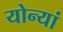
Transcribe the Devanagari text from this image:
योन्यां